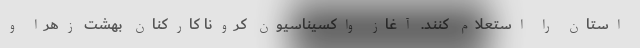
استان را استعلام کنند. آغاز واکسیناسیون کرونا کارکنان بهشت زهرا و